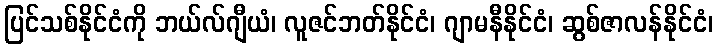
ပြင်သစ်နိုင်ငံကို ဘယ်လ်ဂျီယံ၊ လူဇင်ဘတ်နိုင်ငံ၊ ဂျာမနီနိုင်ငံ၊ ဆွစ်ဇာလန်နိုင်ငံ၊